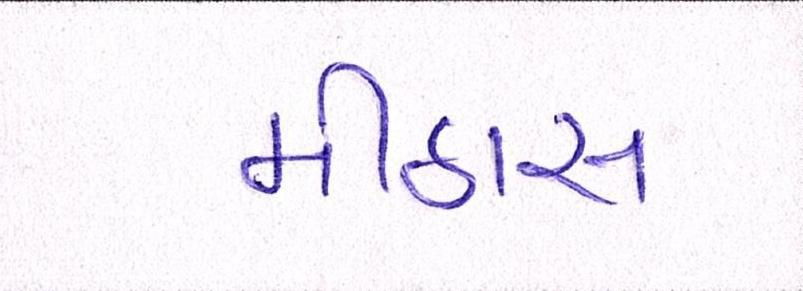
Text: મીઠાસ